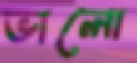
ভালো